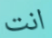
انت